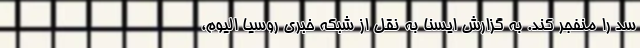
سد را منفجر کند. به گزارش ایسنا به نقل از شبکه خبری روسیا الیوم،